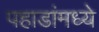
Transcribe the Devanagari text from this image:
पहाडांमध्ये